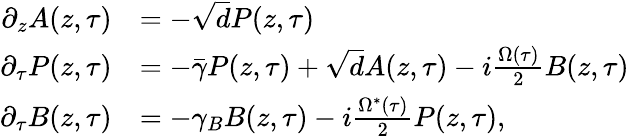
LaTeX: \begin{array}{rl}{\partial_{z}A(z,\tau)}&{=-\sqrt{d}P(z,\tau)}\\ {\partial_{\tau}P(z,\tau)}&{=-\bar{\gamma}P(z,\tau)+\sqrt{d}A(z,\tau)-i\frac{\Omega(\tau)}{2}B(z,\tau)}\\ {\partial_{\tau}B(z,\tau)}&{=-\gamma_{B}B(z,\tau)-i\frac{\Omega^{*}(\tau)}{2}P(z,\tau),}\end{array}